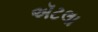
ઍટલા